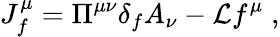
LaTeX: J_{f}^{\mu}=\Pi^{\mu\nu}\delta_{f}A_{\nu}-{\cal L}f^{\mu}\; ,